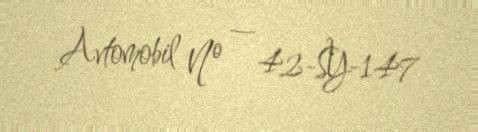
Avtomobil № — 42-SY-147